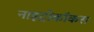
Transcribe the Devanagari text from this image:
नाइट्रोकॉकस